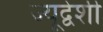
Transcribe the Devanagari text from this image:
ज्यूद्वेशी